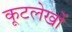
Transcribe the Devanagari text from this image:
कूटलेखों